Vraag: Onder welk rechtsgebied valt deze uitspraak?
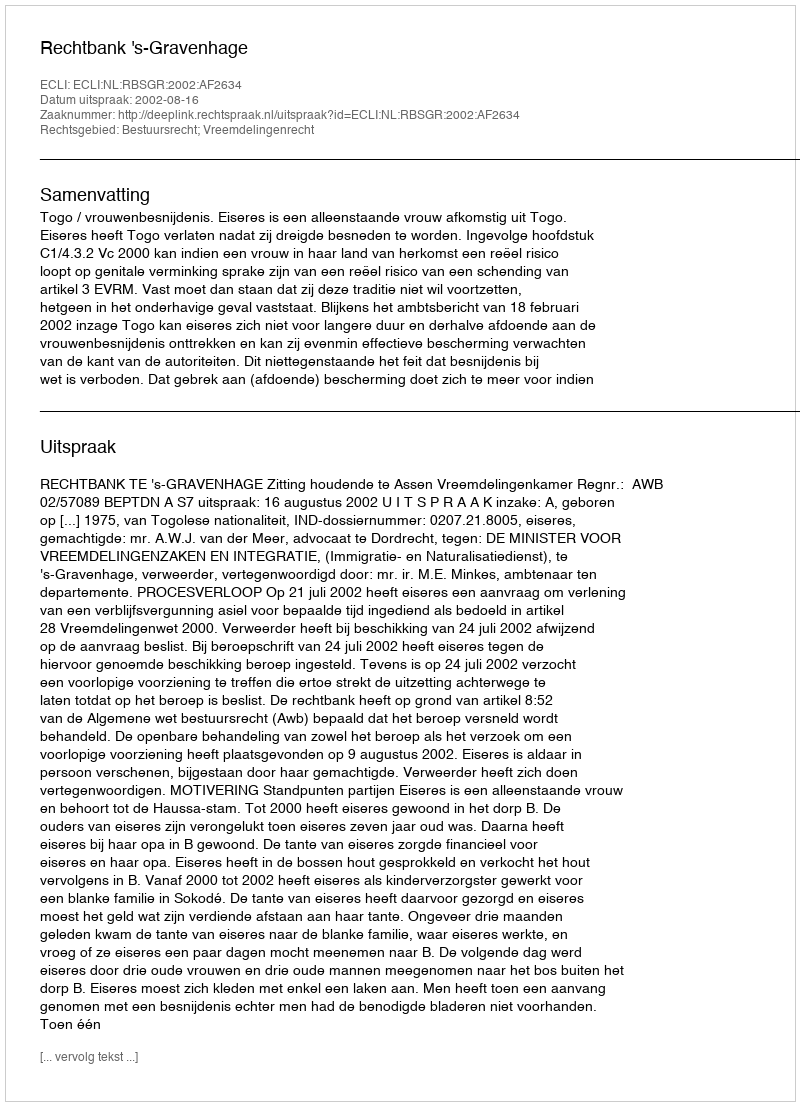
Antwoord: Bestuursrecht; Vreemdelingenrecht